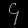
Digit: ၄